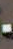
-